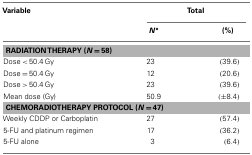
<table><thead><tr><td><b>Variable</b></td><td colspan="2"><b>Total</b></td></tr><tr><td></td><td><b><i>N</i>°</b></td><td><b>(%)</b></td></tr></thead><tbody><tr><td colspan="3"><b>RADIATION THERAPY (</b><b><i>N</i></b> <b><i>=</i></b> <b>58)</b></td></tr><tr><td>Dose &lt; 50.4 Gy</td><td>23</td><td>(39.6)</td></tr><tr><td>Dose = 50.4 Gy</td><td>12</td><td>(20.6)</td></tr><tr><td>Dose &gt; 50.4 Gy</td><td>23</td><td>(39.6)</td></tr><tr><td>Mean dose (Gy)</td><td>50.9</td><td>(±8.4)</td></tr><tr><td colspan="3"><b>CHEMORADIOTHERAPY PROTOCOL (</b><b><i>N</i></b> <b><i>=</i></b> <b>47)</b></td></tr><tr><td>Weekly CDDP or Carboplatin</td><td>27</td><td>(57.4)</td></tr><tr><td>5-FU and platinum regimen</td><td>17</td><td>(36.2)</td></tr><tr><td>5-FU alone</td><td>3</td><td>(6.4)</td></tr></tbody></table>